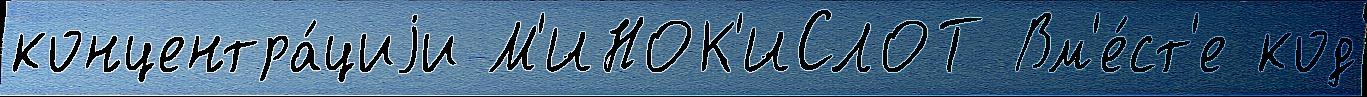
концентра́циjи М'ИНОК'ИСЛОТ Вм'е́ст'е код